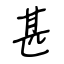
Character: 甚